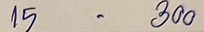
15 - 300